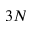
3 N